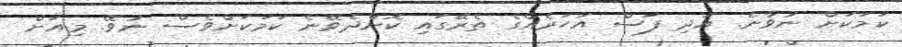
ކަމަކަށް ނުވާނެ. އަދި ފަސް އަހަރެއްގެ ތެރޭގައި ކޮށްދެވޭނެ ކަމަކަށްވެސް ނުވޭ. މިއަށް